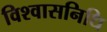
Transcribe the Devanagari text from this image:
विश्वासनिधि